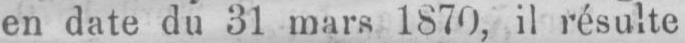
en date du 31 mars 1870, il résulte